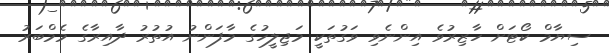
ސިޔާމް ކޯޓަށް ހާޒިރުވެ އިންނެވި ވަގުތަކީ މަޖިލީހުގެ މާފަންނު އުތުރު ދާއިރާގެ މެމްބަރު